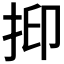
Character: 𢬃